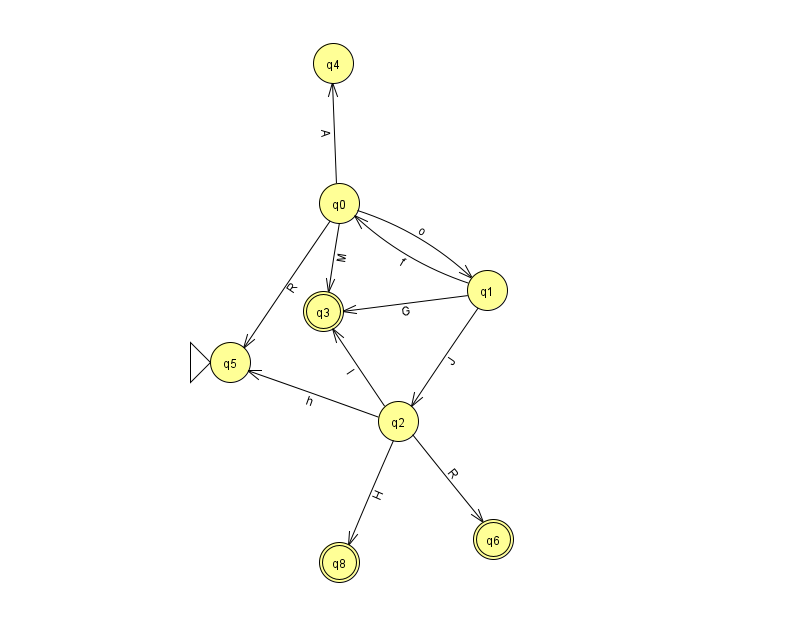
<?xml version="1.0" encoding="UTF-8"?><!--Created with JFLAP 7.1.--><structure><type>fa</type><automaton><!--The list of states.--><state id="0" name="q0"><x>339.0</x><y>190.0</y></state><state id="1" name="q1"><x>487.0</x><y>277.0</y></state><state id="2" name="q2"><x>398.0</x><y>408.0</y></state><state id="3" name="q3"><x>323.0</x><y>298.0</y><final/></state><state id="4" name="q4"><x>333.0</x><y>50.0</y></state><state id="5" name="q5"><x>230.0</x><y>349.0</y><initial/></state><state id="6" name="q6"><x>493.0</x><y>526.0</y><final/></state><state id="8" name="q8"><x>339.0</x><y>549.0</y><final/></state><!--The list of transitions.--><transition><from>1</from><to>3</to><read>G</read></transition><transition><from>2</from><to>3</to><read>l</read></transition><transition><from>1</from><to>2</to><read>J</read></transition><transition><from>2</from><to>6</to><read>R</read></transition><transition><from>1</from><to>0</to><read>f</read></transition><transition><from>0</from><to>4</to><read>A</read></transition><transition><from>0</from><to>3</to><read>M</read></transition><transition><from>2</from><to>8</to><read>H</read></transition><transition><from>0</from><to>1</to><read>o</read></transition><transition><from>2</from><to>5</to><read>h</read></transition><transition><from>0</from><to>5</to><read>R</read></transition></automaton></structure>